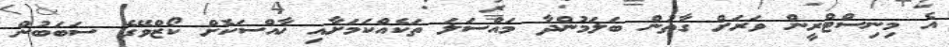
އެ މިނިސްޓްރީން ވަރަށް ގާތުން ބަލަމުންދާ މައްސަލަ ތަކެއްކަމަށާއި ޚާއްސަކޮށް ކޯޒްވޭގެ ސަބަބުން